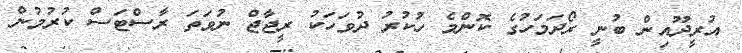
އުރީދޫއިން ބުނީ ރޯދަމަހުގެ ކޮންމެ ހުކުރު ދުވަހަކު ރީޖާޖް ނުވަތަ ރާސްޓަސް ކުރުމުން